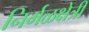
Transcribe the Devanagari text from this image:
निर्मळक्षेत्री